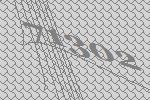
71302